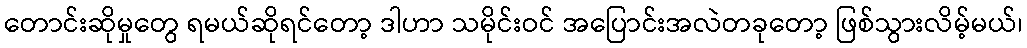
တောင်းဆိုမှုတွေ ရမယ်ဆိုရင်တော့ ဒါဟာ သမိုင်းဝင် အပြောင်းအလဲတခုတော့ ဖြစ်သွားလိမ့်မယ်၊